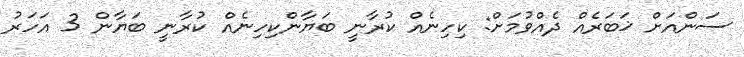
ސަންއަށް ޚަބަރެއް ދެއްވުމަށް: ކިހިނެއް ކުރާނީ ބަޔާންކިހިނެއް ކުރާނީ ބަޔާން 3 އަހަރު